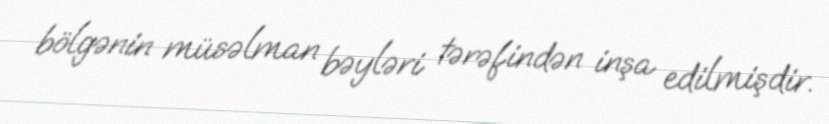
bölgənin müsəlman bəyləri tərəfindən inşa edilmişdir.